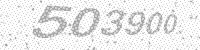
Solution: 503900